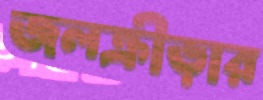
জলক্রীড়ার